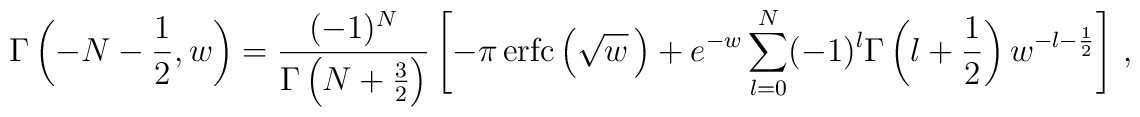
\Gamma\left(-N-\frac12,w\right)=\frac{(-1)^N}{\Gamma\left(N+\frac32\right)} \left[-\pi\,\mathrm{erfc}\left(\sqrt{w}\,\right)+e^{-w}\sum_{l=0}^N (-1)^l\Gamma\left(l+\frac12\right)w^{-l-\frac12}\right]\,,